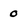
Character: O